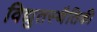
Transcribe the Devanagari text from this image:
विद्युतस्थैतिकी